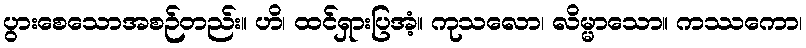
ပွားစေသောအစဉ်တည်း။ ဟိ၊ ထင်ရှားပြအံ့။ ကုသလော၊ လိမ္မာသော။ ကဿကော၊